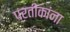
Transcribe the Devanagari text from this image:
प्रतीकांना